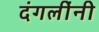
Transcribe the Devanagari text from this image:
दंगलींनी